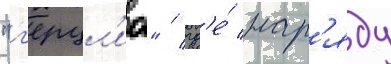
"г'ерцл'иа" / гд'е́ нар'яду